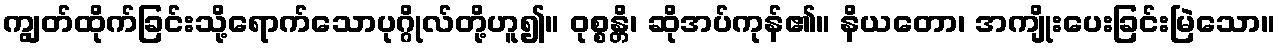
ကျွတ်ထိုက်ခြင်းသို့ရောက်သောပုဂ္ဂိုလ်တို့ဟူ၍။ ဝုစ္စန္တိ၊ ဆိုအပ်ကုန်၏။ နိယတော၊ အကျိုးပေးခြင်းမြဲသော။